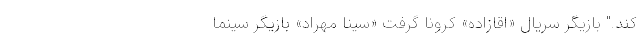
کند." بازیگر سریال «اقازاده» کرونا گرفت «سینا مهراد» بازیگر سینما